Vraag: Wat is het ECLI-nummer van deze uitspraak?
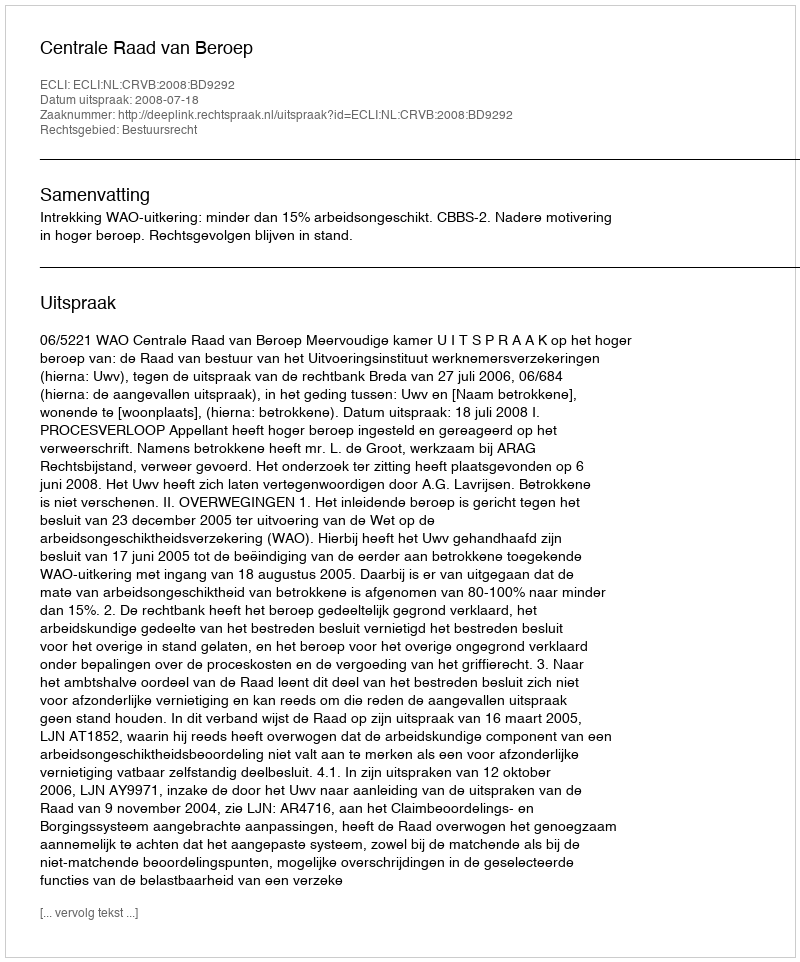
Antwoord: ECLI:NL:CRVB:2008:BD9292